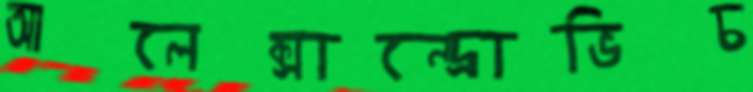
আলেক্সান্দ্রোভিচ